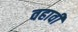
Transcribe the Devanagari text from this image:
वहावी